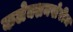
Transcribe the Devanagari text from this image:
कलेक्शनखेरीज